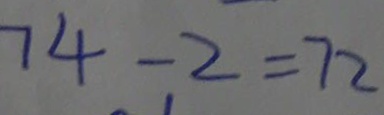
7 4 - 2 = 7 2